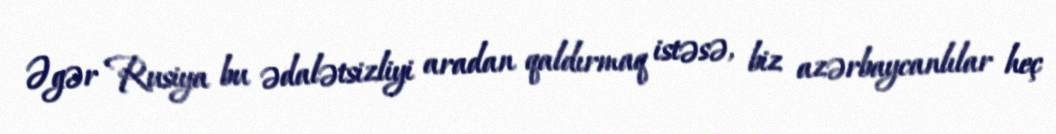
Əgər Rusiya bu ədalətsizliyi aradan qaldırmaq istəsə, biz azərbaycanlılar heç